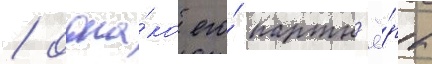
/ одна́ко его́ партн'ё́ры